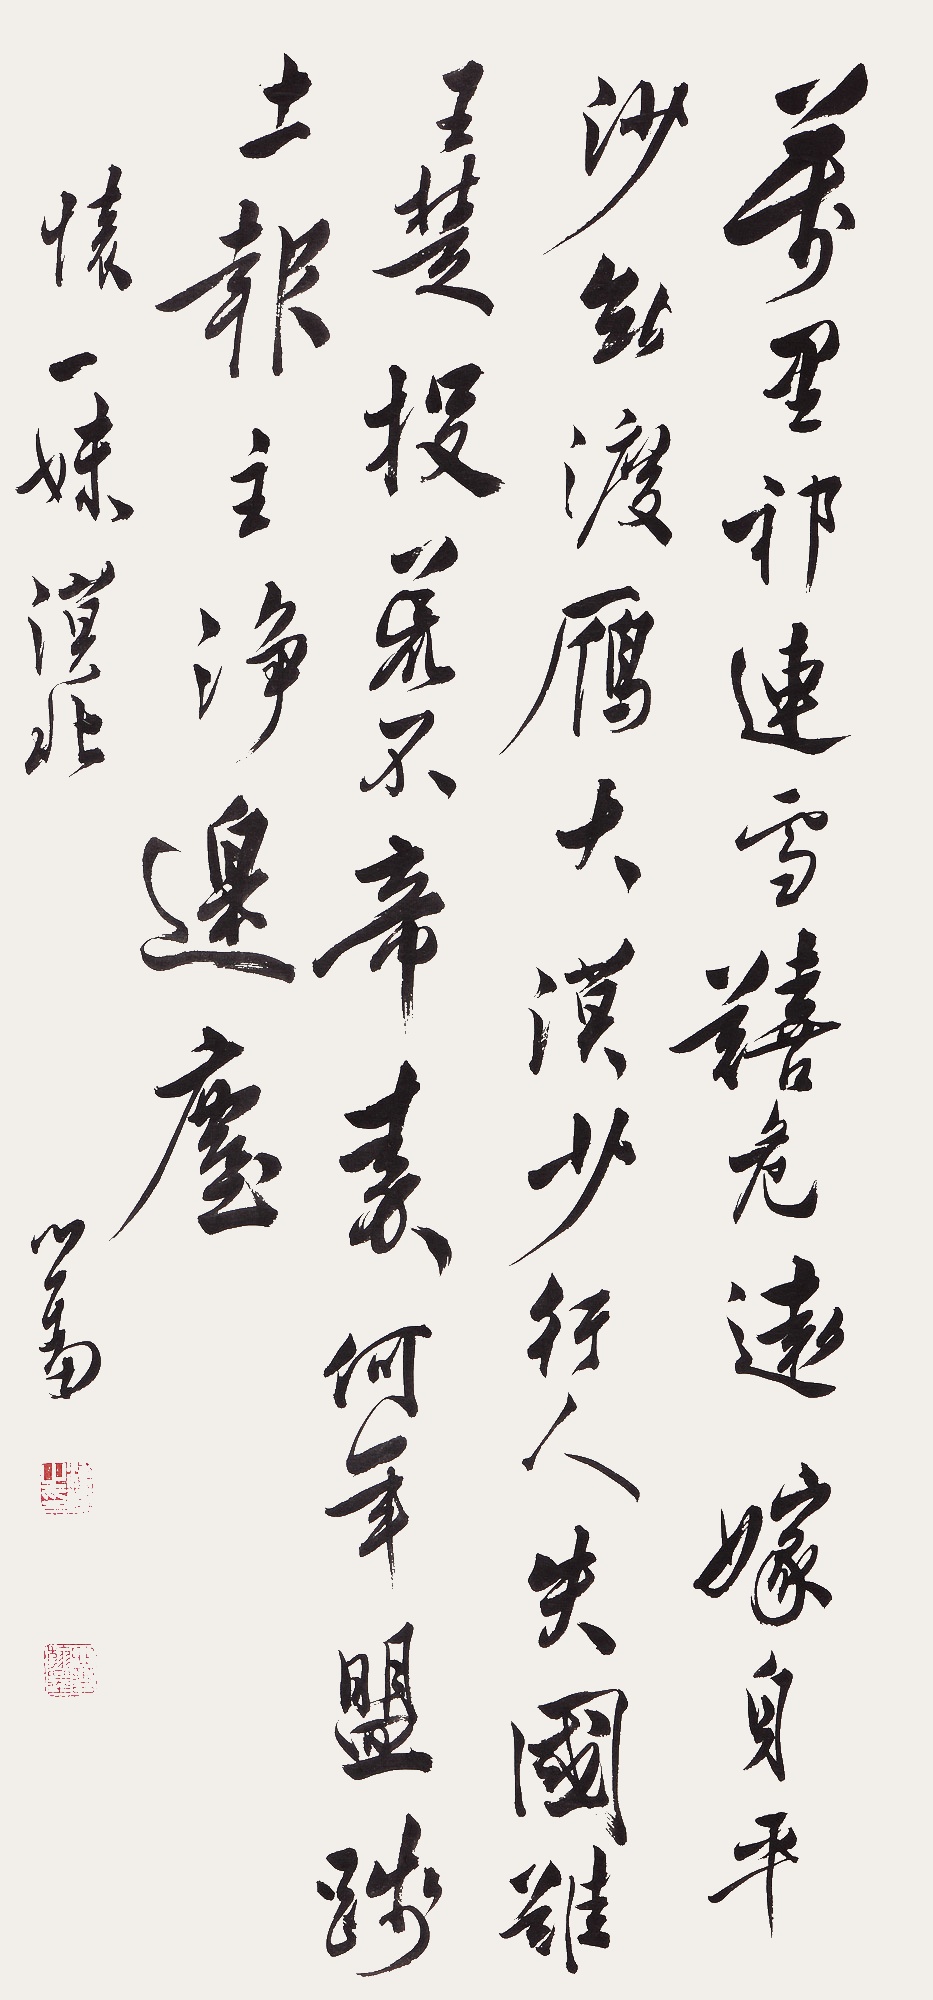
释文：万里祁连雪，囏危远嫁身。平沙无渡雁，大漠少行人。失国难王楚，投荒不帝秦。何年盟践土，报主净边尘。《怀一妹漠北》，心畬。